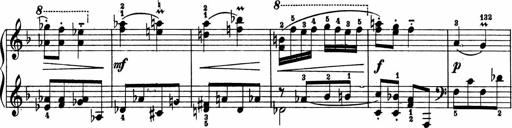
Title: 2 Sonatinen
Composer: Lambertus Adrianus van Tetterode